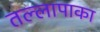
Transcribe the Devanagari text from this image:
तल्लापाका